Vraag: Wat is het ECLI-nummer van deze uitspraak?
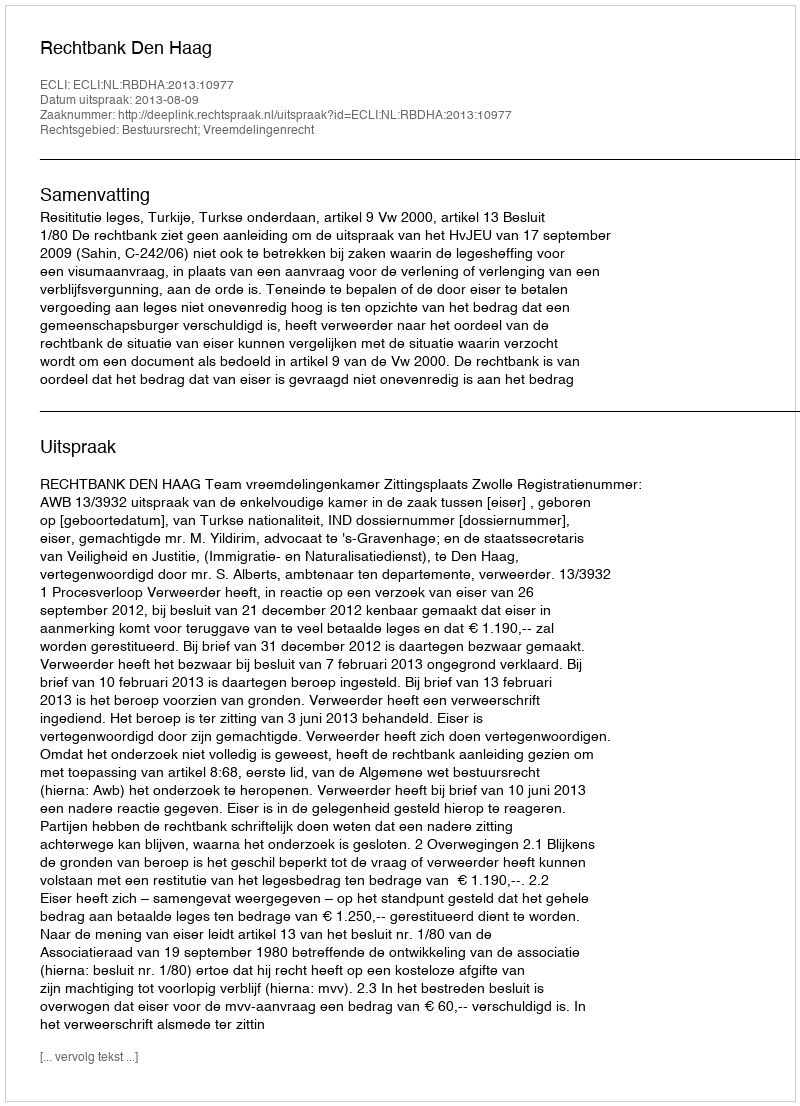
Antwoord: ECLI:NL:RBDHA:2013:10977